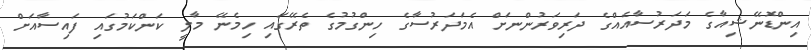
އިންޑޮނޭޝިއާގެ މަދަރުސާއެއްގެ ދަރިވަރުންނަށް އެމަދަރުސާގެ ހިންގުމުގެ ތެރޭގައި ހިމެނޭ މާލީ ކަންކަމުގައި ފައިސާއަށް